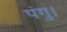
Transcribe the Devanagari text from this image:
पंगु।